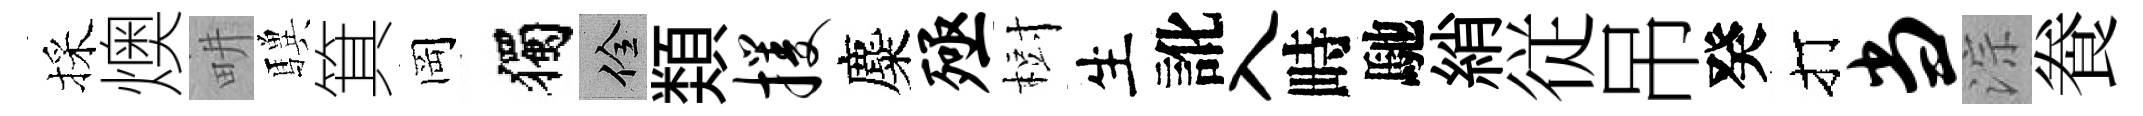
採燠畊驥箕岡獨佺𩔖攫麋殛𣗳生訛入畤馳綃従吊癸打当淙飬